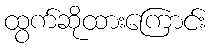
ထွက်ဆိုထားကြောင်း